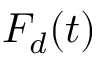
F _ { d } ( t )